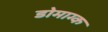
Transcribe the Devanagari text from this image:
डोमाग्क